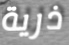
ذرية